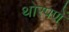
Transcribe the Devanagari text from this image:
थोरपणें